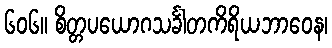
၆၀၆။ စိတ္တပယောဂသင်္ခါတကိရိယဘာဝေန၊